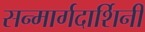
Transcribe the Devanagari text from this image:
सन्मार्गदार्शिनी